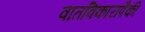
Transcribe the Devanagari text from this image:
वातविकारांपैकी